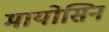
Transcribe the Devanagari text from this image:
मायोसिन